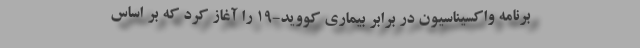
برنامه واکسیناسیون در برابر بیماری کووید-۱۹ را آغاز کرد که بر اساس